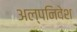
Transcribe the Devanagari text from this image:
अल्पनिवेश